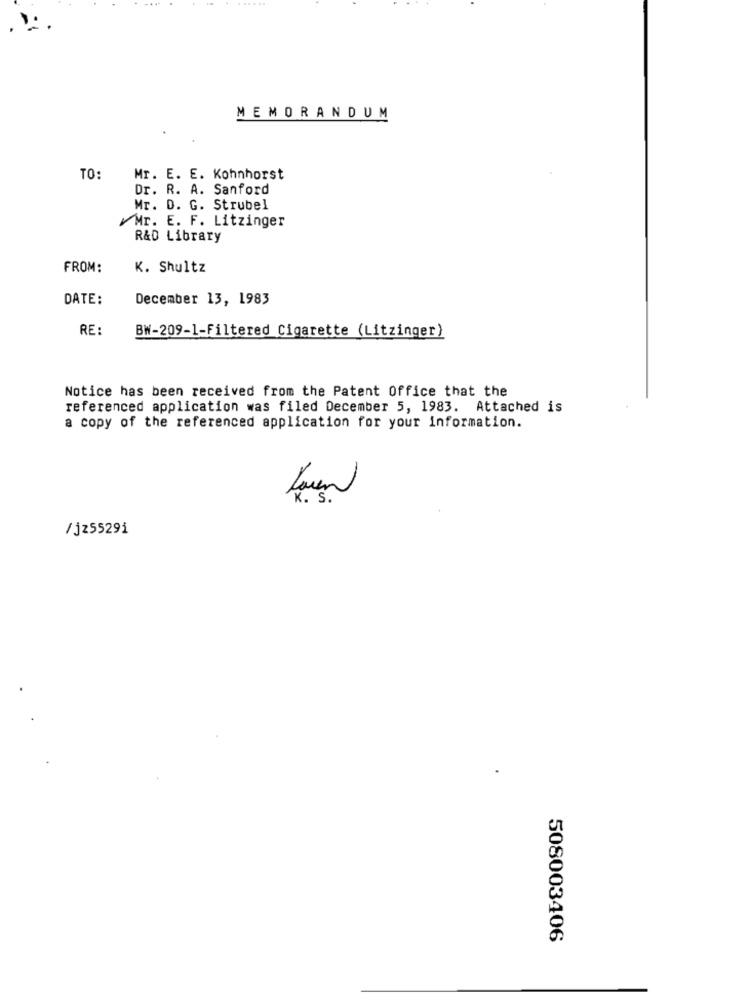
MEMORANDUM
TO:
Mr. E. E. Kohnhorst
Dr. R. A. Sanford
Mr. D. G. Strubel
Mr. E. F. Litzinger
R&D Library
FROM:
K. Shultz
DATE:
December 13, 1983
RE:
BW-209-1-Filtered Cigarette (Litzinger)
Notice has been received from the Patent Office that the
referenced application was filed December 5, 1983. Attached is
a copy of the referenced application for your information.
.s .
/ j25529i
508003406